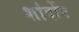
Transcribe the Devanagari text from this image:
शांदोंग